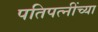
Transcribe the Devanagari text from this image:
पतिपत्‍नींच्या